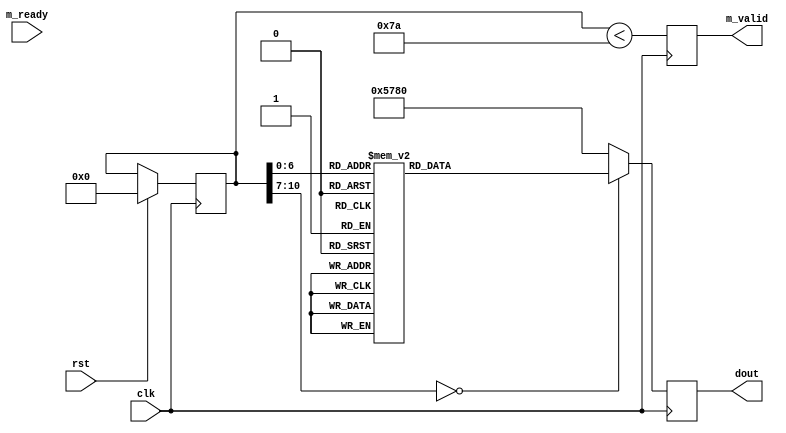
`timescale 1ns / 1ps
//////////////////////////////////////////////////////////////////////////////////
// Company: 
// Engineer: 
// 
// Design Name: 
// Module Name: cfg_reg
// Project Name: 
// Target Devices: 
// Tool Versions: 
// Description: 
// 
// Dependencies: 
// 
// Revision:
// Revision 0.01 - File Created
// Additional Comments:
// 
//////////////////////////////////////////////////////////////////////////////////
// Designed by Tianpeng Wang
// 2018/08/20
// VIVADO 2015.2

module cfg_reg#(
        parameter LEN =122
    )(
        input clk,  rst,
        output reg  [15:0] dout,
        output reg  m_valid,
        input m_ready
    );
    
    reg [10:0] cntr = 0 ;
     
    always @ (posedge clk)
        if (rst) cntr<=0;
        else if ( m_ready & m_valid  )
        begin 
            cntr<=cntr;
        end  
        
    always @ (posedge clk) m_valid <= ( cntr < LEN )   ;

always @ (posedge clk)
case (cntr)
    0 :    dout <= 'h3A_04 ;
    1 :    dout <= 'h67_C0 ;
    2 :    dout <= 'h68_80 ;
    3 :    dout <= 'h11_C0 ;
    4 :    dout <= 'h01_80 ;
    5 :    dout <= 'h02_80 ;
    6 :    dout <= 'h40_B0 ;
    7 :    dout <= 'h12_04 ;
    8 :    dout <= 'h13_E7 ;
    9 :    dout <= 'h32_80 ;
    10 :   dout <= 'h17_16 ;
    11 :   dout <= 'h18_04 ;
    12 :   dout <= 'h19_02 ;
    13 :   dout <= 'h1A_7A ;
    14 :   dout <= 'h03_05 ;
    15 :   dout <= 'h0C_00 ;
    16 :   dout <= 'h3E_00 ;
    17 :   dout <= 'h70_00 ;
    18 :   dout <= 'h71_01 ;
    19 :   dout <= 'h72_11 ;
    20 :   dout <= 'h73_00 ;
    21 :   dout <= 'hA2_02 ;
    22 :   dout <= 'h7A_20 ;
    23 :   dout <= 'h7B_1C ;
    24 :   dout <= 'h7C_28 ;
    25 :   dout <= 'h7C_28 ;
    26 :   dout <= 'h7D_3C ;
    27 :   dout <= 'h7E_55 ;
    28 :   dout <= 'h7F_68 ;
    29 :   dout <= 'h80_76 ;
    30 :   dout <= 'h81_80 ;
    31 :   dout <= 'h82_88 ;
    32 :   dout <= 'h83_8F ;
    33 :   dout <= 'h84_96 ;
    34 :   dout <= 'h85_A3 ;
    35 :   dout <= 'h86_AF ;
    36 :   dout <= 'h87_C4 ;
    37 :   dout <= 'h88_D7 ;
    38 :   dout <= 'h89_E8 ;
    39 :   dout <= 'h09_00 ;
    40 :   dout <= 'h10_00 ;
    41 :   dout <= 'h0D_00 ;
    42 :   dout <= 'h14_20 ;
    43 :   dout <= 'hA5_05 ;
    44 :   dout <= 'hAB_07 ;
    45 :   dout <= 'h24_8A ;
    46 :   dout <= 'h25_73 ;
    47 :   dout <= 'h26_A5 ;
    48 :   dout <= 'h9F_78 ;
    49 :   dout <= 'hA0_68 ;
    50 :   dout <= 'hA1_03 ;
    51 :   dout <= 'hA6_DF ;
    52 :   dout <= 'hA7_DF ;
    53 :   dout <= 'hA8_F0 ;
    54 :   dout <= 'hA9_90 ;
    55 :   dout <= 'hAA_94 ;
    56 :   dout <= 'h13_E7 ;
    57 :   dout <= 'h0E_61 ;
    58 :   dout <= 'h0F_4B ;
    59 :   dout <= 'h16_02 ;
    60 :   dout <= 'h1E_27 ;
    61 :   dout <= 'h21_02 ;
    62 :   dout <= 'h22_91 ;
    63 :   dout <= 'h29_07 ;
    64 :   dout <= 'h33_0B ;
    65 :   dout <= 'h35_0B ;
    66 :   dout <= 'h37_1D ;
    67 :   dout <= 'h38_71 ;
    68 :   dout <= 'h39_2A ;
    69 :   dout <= 'h3C_78 ;
    70 :   dout <= 'h4D_40 ;
    71 :   dout <= 'h4E_20 ;
    72 :   dout <= 'h69_00 ;
    73 :   dout <= 'h6B_40 ;
    74 :   dout <= 'h74_19 ;
    75 :   dout <= 'h8D_4F ;
    76 :   dout <= 'h8E_00 ;
    77 :   dout <= 'h8F_00 ;
    78 :   dout <= 'h90_00 ;
    79 :   dout <= 'h91_00 ;
    80 :   dout <= 'h92_00 ;
    81 :   dout <= 'h96_00 ;
    82 :   dout <= 'h9A_80 ;
    83 :   dout <= 'hB0_84 ;
    84 :   dout <= 'hB1_0C ;
    85 :   dout <= 'hB2_0E ;
    86 :   dout <= 'hB3_82 ;
    87 :   dout <= 'hB8_0A ;
    88 :   dout <= 'h43_14 ;
    89 :   dout <= 'h44_F0 ;
    90 :   dout <= 'h45_34 ;
    91 :   dout <= 'h46_58 ;
    92 :   dout <= 'h47_28 ;
    93 :   dout <= 'h48_3A ;
    94 :   dout <= 'h59_88 ;
    95 :   dout <= 'h5A_88 ;
    96 :   dout <= 'h5B_44 ;
    97 :   dout <= 'h5C_67 ;
    98 :   dout <= 'h5D_49 ;
    99 :   dout <= 'h5E_0E ;
    100 :  dout <= 'h64_04 ;
    101 :  dout <= 'h65_20 ;
    102 :  dout <= 'h66_05 ;
    103 :  dout <= 'h94_04 ;
    104 :  dout <= 'h95_08 ;
    105 :  dout <= 'h6C_0A ;
    106 :  dout <= 'h6D_55 ;
    107 :  dout <= 'h4F_99 ;
    108 :  dout <= 'h50_99 ;
    109 :  dout <= 'h51_00 ;
    110 :  dout <= 'h52_28 ;
    111 :  dout <= 'h53_70 ;
    112 :  dout <= 'h54_99 ;
    113 :  dout <= 'h58_9E ;
    114 :  dout <= 'h76_E1 ;
    115 :  dout <= 'h11_01 ;
    116 :  dout <= 'h6B_40 ;
    117 :  dout <= 'h6E_11 ;
    118 :  dout <= 'h6F_9F ;
    119 :  dout <= 'h55_00 ;
    120 :  dout <= 'h56_40 ;
    121 :  dout <= 'h57_80 ;
default  dout <= 16'h57_80;
endcase
    
    
endmodule